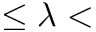
\leq \lambda <